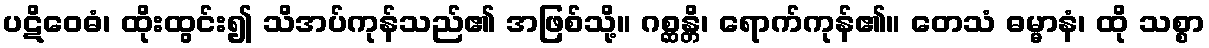
ပဋိဝေဓံ၊ ထိုးထွင်း၍ သိအပ်ကုန်သည်၏ အဖြစ်သို့။ ဂစ္ဆန္တိ၊ ရောက်ကုန်၏။ တေသံ ဓမ္မာနံ၊ ထို သစ္စာ